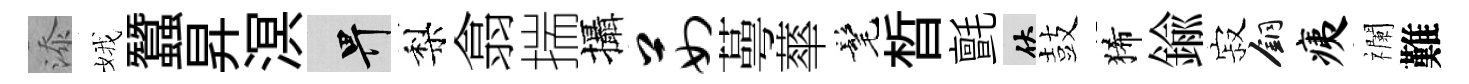
添娥蠶昇溟畀梨翕揣攝茹蕚蕐髦晳氈伏鼓狶鍮寂銅痍襴難